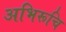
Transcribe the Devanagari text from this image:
अभिरूचि